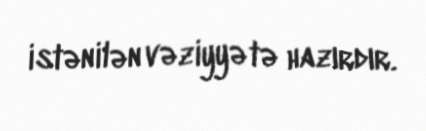
istənilən vəziyyətə hazırdır.